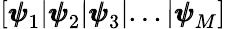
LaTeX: \left[{\pmb{\psi}}_{1}|{\pmb{\psi}}_{2}|{\pmb{\psi}}_{3}|...|{\pmb{\psi}}_{M}\right]